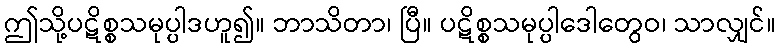
ဤသို့ပဋိစ္စသမုပ္ပါဒဟူ၍။ ဘာသိတာ၊ ပြီ။ ပဋိစ္စသမုပ္ပါဒေါတွေဝ၊ သာလျှင်။